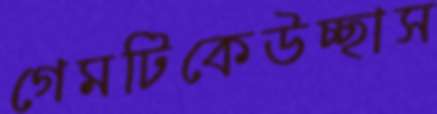
গেমটিকেউচ্ছাস